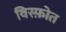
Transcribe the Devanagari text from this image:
विस्फ़ोत